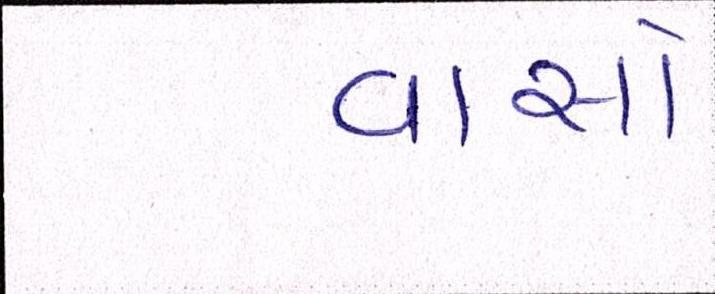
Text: વાસો